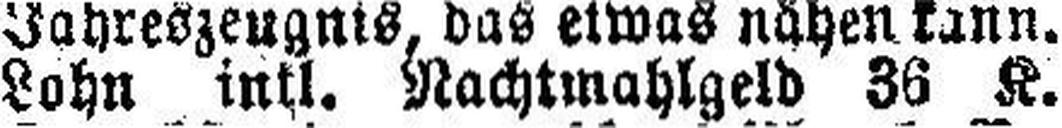
Lohn intl. Nachtmahlgeld 36 K.